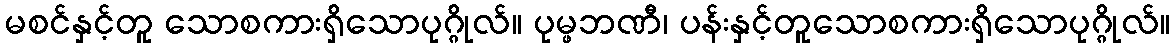
မစင်နှင့်တူ သောစကားရှိသောပုဂ္ဂိုလ်။ ပုမ္ဖဘဏီ၊ ပန်းနှင့်တူသောစကားရှိသောပုဂ္ဂိုလ်။